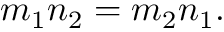
m _ { 1 } n _ { 2 } = m _ { 2 } n _ { 1 } .